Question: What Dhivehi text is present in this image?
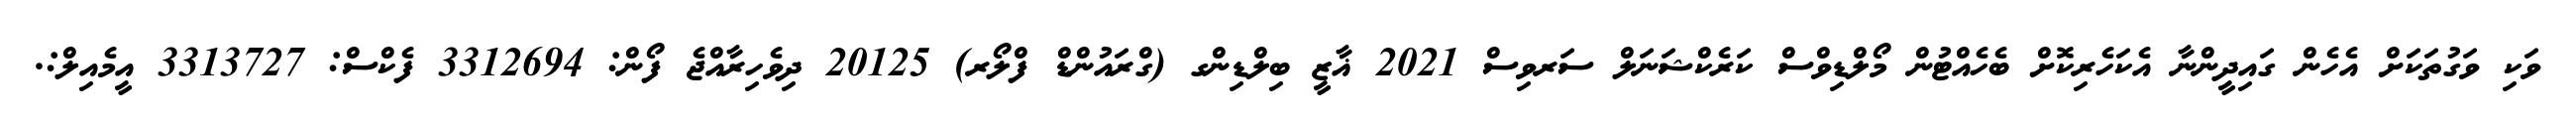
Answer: ވަކި ވަގުތަކަށް އެހެން ގައިދީންނާ އެކަހެރިކޮށް ބެހެއްޓުން މޯލްޑިވްސް ކަރެކްޝަނަލް ސަރވިސް 2021 ޣާޒީ ބިލްޑިންގ (ގްރައުންޑް ފްލޯރ) 20125 ދިވެހިރާއްޖެ ފޯން: 3312694 ފެކްސް: 3313727 އީމެއިލް:.